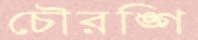
চৌরঙ্গি